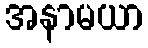
အနာမယာ